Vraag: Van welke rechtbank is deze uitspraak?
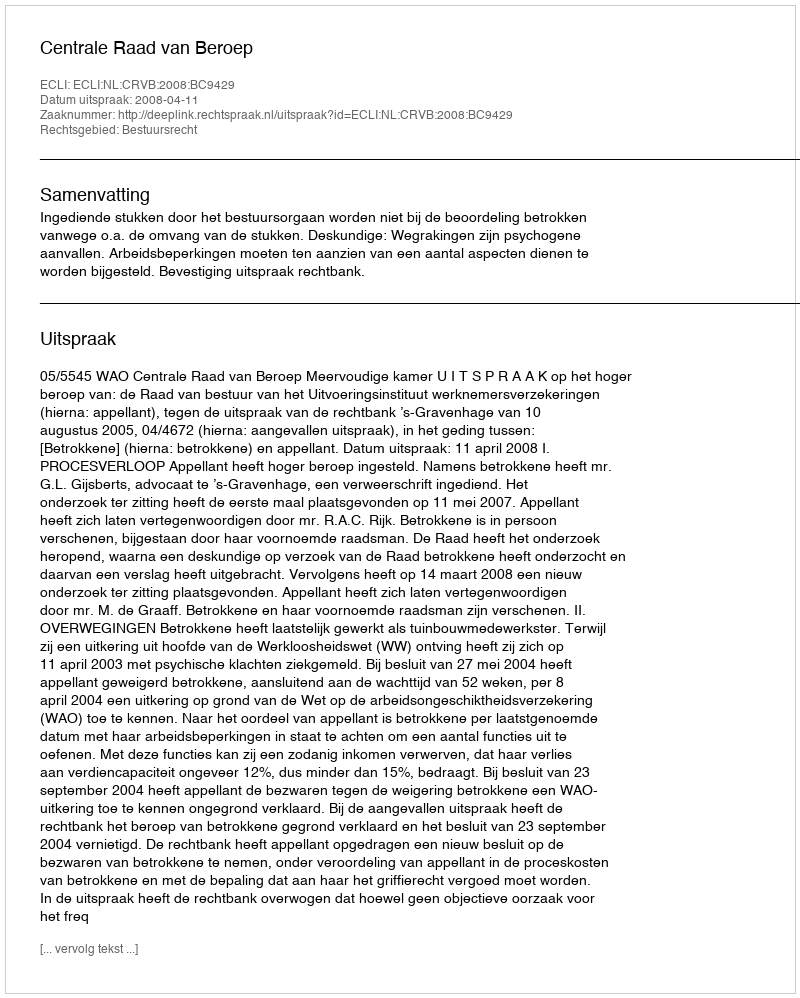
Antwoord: Centrale Raad van Beroep